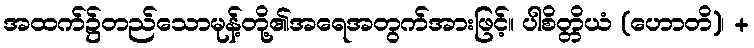
အထက်၌တည်သောမုန့်တို့၏အရေအတွက်အားဖြင့်။ ပါစိတ္တိယံ (ဟောတိ)၊ +